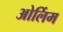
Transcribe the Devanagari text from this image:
ओर्लिम